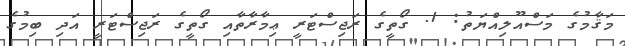
މަޤާމުގެ މަސްއޫލިއްޔަތު: 1. ގޯތީގެ ރަޖިސްޓަރީ ޢިމާރާތާއި ގޯތީގެ ރަޖިސްޓަރީ އަދި ބިމުގެ